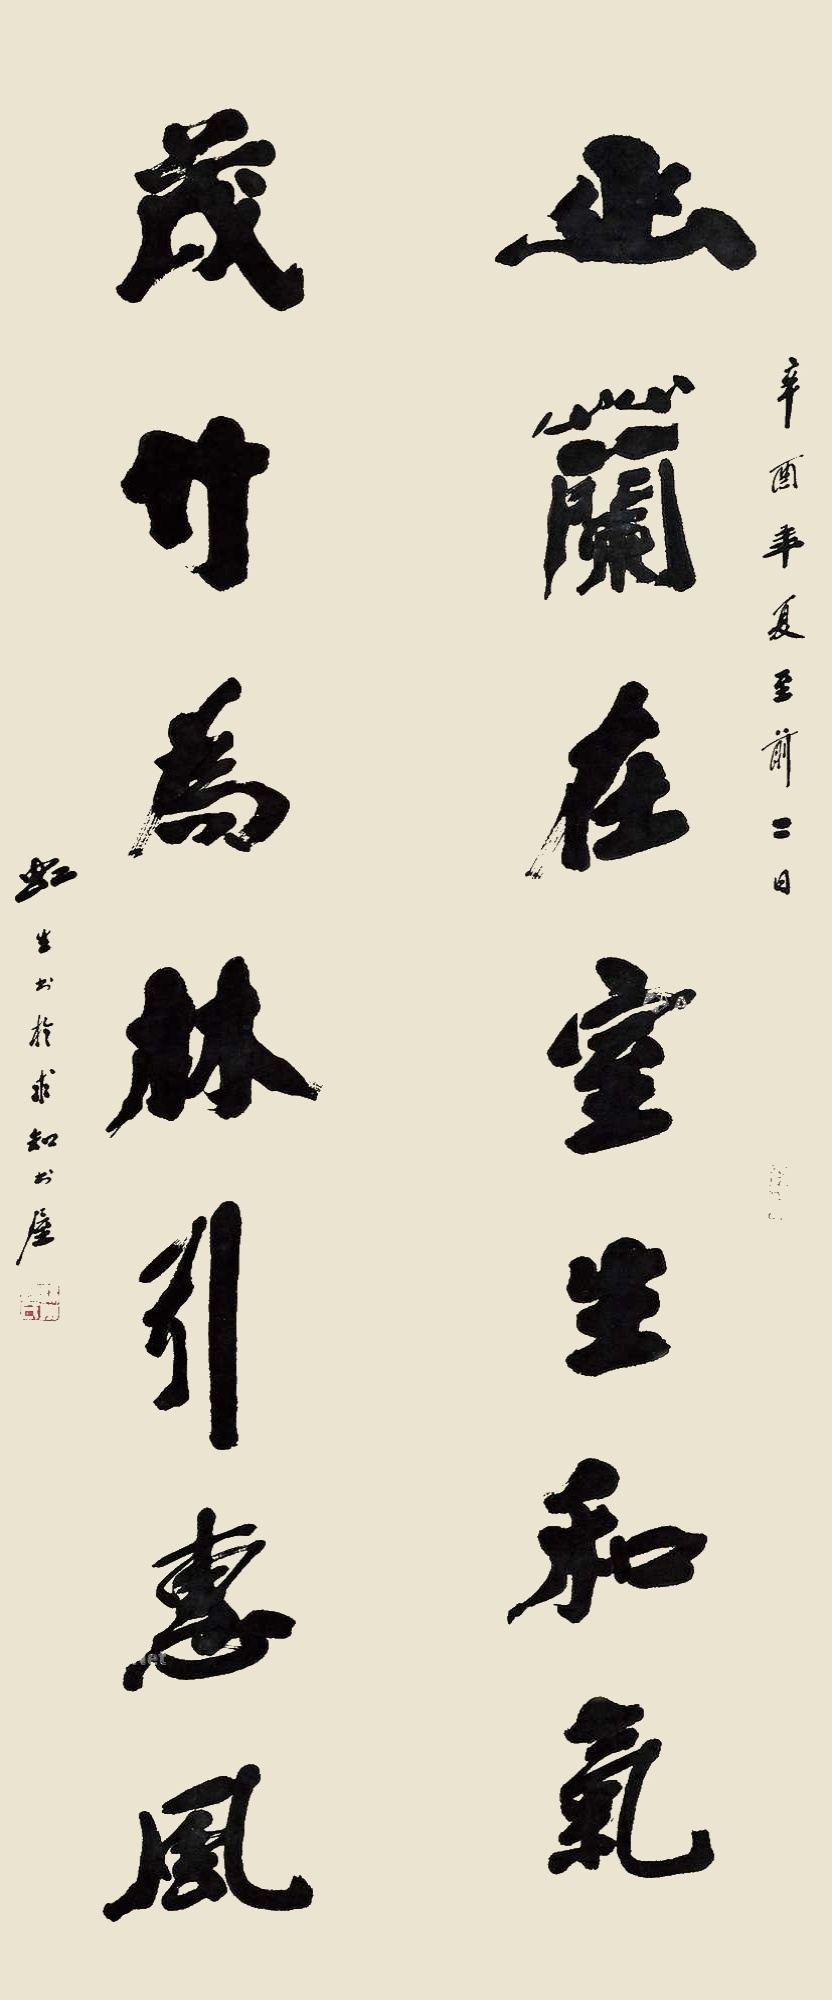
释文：幽兰在室生和气，茂竹为林引惠风。辛酉年夏至前二日，虹生书于术知书屋。